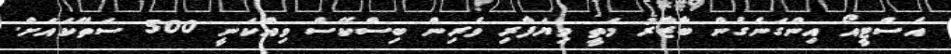
އެސްޓީއޯ އިންގަނެގެން ބާޒާރު މަތީ ވިޔަފާރި ވެރިން ބިސްކޭސް ވިއްކަނީ 500 ސަތޭކައަށް.